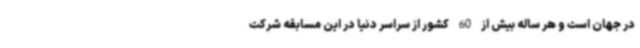
در جهان است و هر ساله بیش از 60 کشور از سراسر دنیا در این مسابقه شرکت